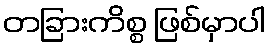
တခြားကိစ္စ ဖြစ်မှာပါ